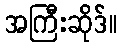
အကြီးဆိုဒ်။